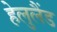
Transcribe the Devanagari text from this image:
हेलुलैंड